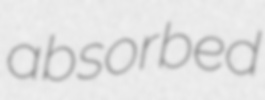
absorbed